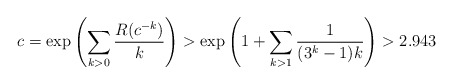
\begin{align*}c=\exp\left(\sum_{k>0}{R(c^{-k})\over k}\right)>\exp\left(1+\sum_{k>1}{1\over(3^k-1)k}\right)>2.943\end{align*}